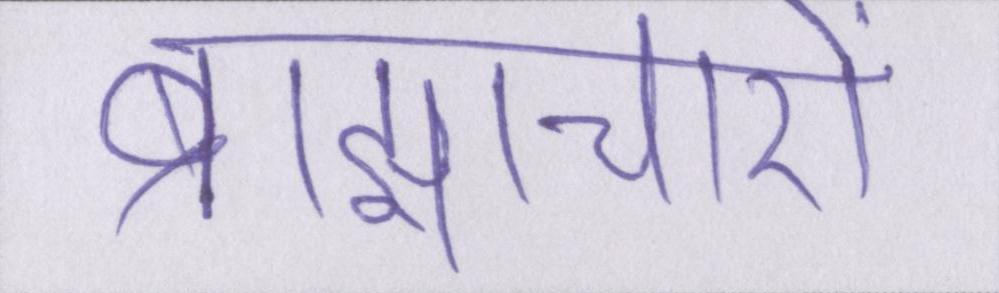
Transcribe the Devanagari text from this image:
ब्राह्याचारों